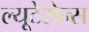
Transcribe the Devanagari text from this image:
ल्यूटेसेन्स